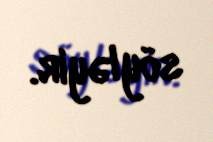
söyləyir.